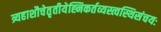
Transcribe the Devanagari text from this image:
त्र्यहाशौचेतृतीयेह्निकर्तव्यस्त्वस्थिसंचयः